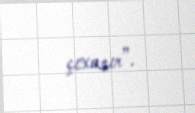
çıxarır”.